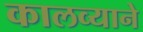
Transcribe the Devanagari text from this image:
कालव्याने